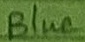
Text: Blue